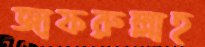
জাফরুল্লাহ